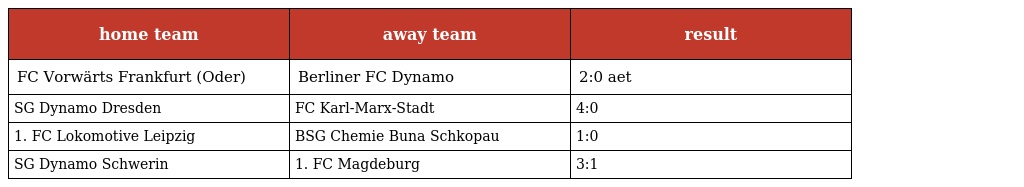
| home team | away team | result |
 | --- | --- | --- |
 | FC Vorwärts Frankfurt (Oder) | Berliner FC Dynamo | 2:0 aet |
 | SG Dynamo Dresden | FC Karl-Marx-Stadt | 4:0 |
 | 1. FC Lokomotive Leipzig | BSG Chemie Buna Schkopau | 1:0 |
 | SG Dynamo Schwerin | 1. FC Magdeburg | 3:1 |